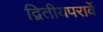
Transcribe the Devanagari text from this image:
द्वितीयपरार्वे